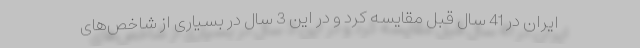
ایران در 41 سال قبل مقایسه کرد و در این 3 سال در بسیاری از شاخص‌های